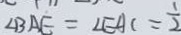
\angle B A E = \angle E A C = \frac { 1 } { 2 }